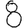
Digit: 8